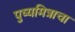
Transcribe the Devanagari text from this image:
पुष्यमित्राचा